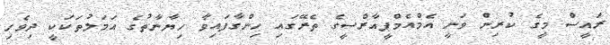
ރައީސް މީގެ ކުރިން ވަނީ އެމްއެމްޕީއާރްސީގެ ތެރޭގައި ހިންގާފައިވާ ހިޔާނާތުގެ އަމަލުތަކަކީ ދިވެހި